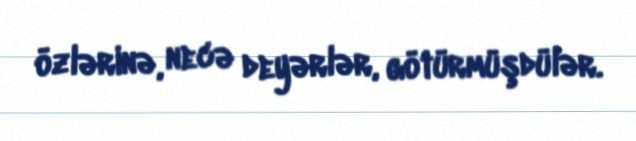
özlərinə, necə deyərlər, götürmüşdülər.